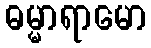
ဓမ္မာရာမော